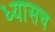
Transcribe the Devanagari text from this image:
ध्यासच